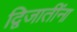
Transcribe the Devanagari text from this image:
द्विजातींना